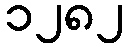
၁၂၈၂